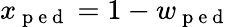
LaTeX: x_{\mathrm{~p~e~d~}}=1-w_{\mathrm{~p~e~d~}}